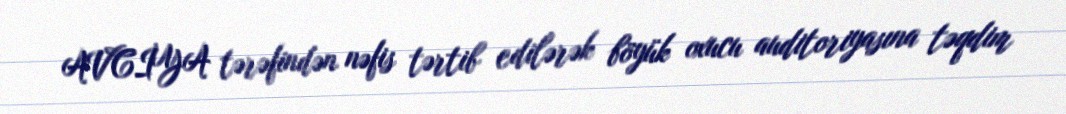
AVCİYA tərəfindən nəfis tərtib edilərək böyük oxucu auditoriyasına təqdim